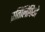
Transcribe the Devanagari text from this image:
प्रतिलिपियो